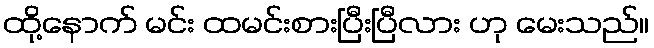
ထို့နောက် မင်း ထမင်းစားပြီးပြီလား ဟု မေးသည်။